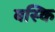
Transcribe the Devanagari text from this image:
बस्कि